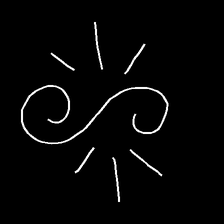
Glyph: wind-directs-air